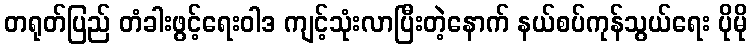
တရုတ်ပြည် တံခါးဖွင့်ရေးဝါဒ ကျင့်သုံးလာပြီးတဲ့နောက် နယ်စပ်ကုန်သွယ်ရေး ပိုမို